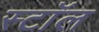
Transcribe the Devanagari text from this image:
स्टाॅल